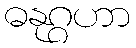
ဓနုဂ္ဂဟာ